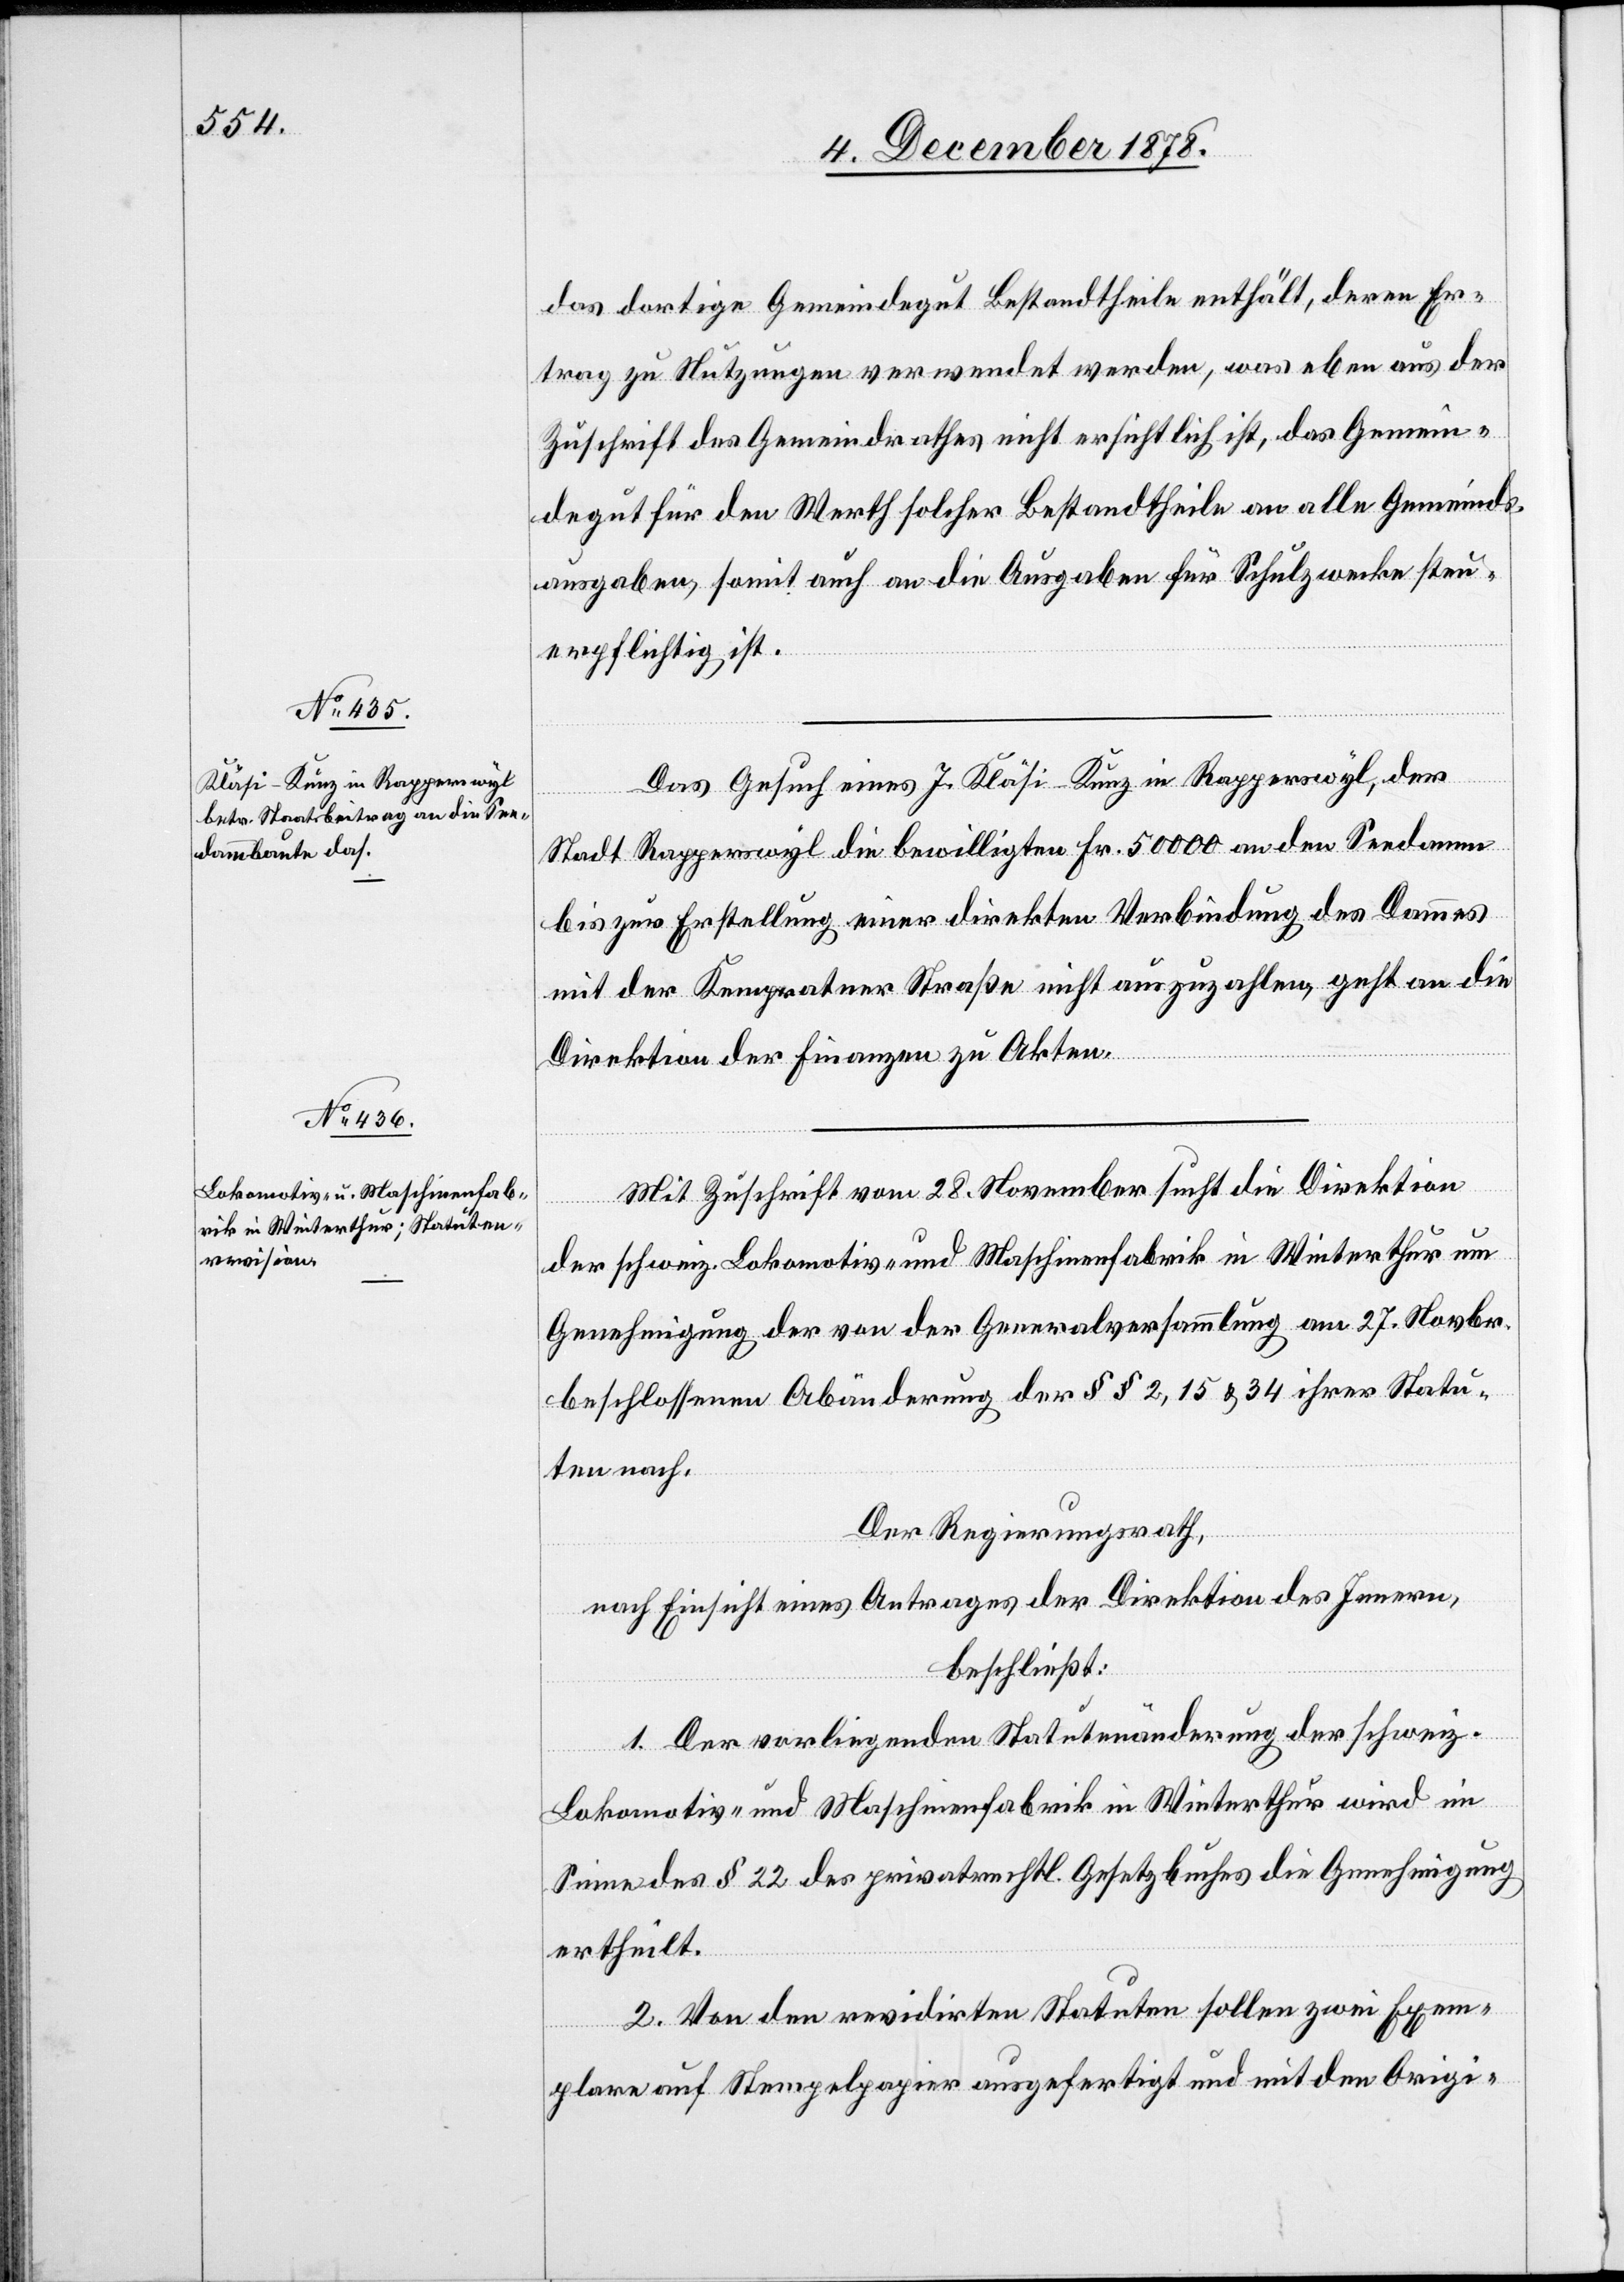
das dortige Gemeindegut Bestandtheile enthält, deren Er¬
trag zu Nutzungen verwendet werden, was eben aus der
Zuschrift des Gemeindrathes nicht ersichtlich ist, das Gemein¬
degut für den Werth solcher Bestandtheile an alle Gemeinds¬
ausgaben, somit auch an die Ausgaben für Schulzwecke steu¬
erpflichtig ist.
Das Gesuch eines J. Kläsi-Kunz in Rapperswyl, der
Stadt Rapperswyl die bewilligten Fr. 5000 an den Seedamm
bis zur Erstellung einer direkten Verbindung des Dammes
mit der Kempratner Straße nicht auszuzahlen, geht an die
Direktion der Finanzen zu Akten.
Mit Zuschrift vom 28. November sucht die Direktion
der schweiz. Lokomotiv- und Maschinenfabrik in Winterthur um
Genehmigung der von der Generalversammlung am 27. Novbr.
beschlossenen Abänderung der §§ 2, 15 & 34 ihrer Statu¬
ten nach.
Der Regierungsrath,
nach Einsicht eines Antrages der Direktion des Innern,
beschließt:
1. Der vorliegenden Statutenänderung der schweiz.
Lokomotiv- und Maschinenfabrik in Winterthur wird im
Sinne des § 22 des privatrechtl. Gesetzbuches die Genehmigung
ertheilt.
2. Von den revidirten Statuten sollen zwei Exem¬
plare auf Stempelpapier ausgefertigt und mit dem Origi-